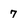
Character: 7